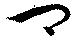
卿